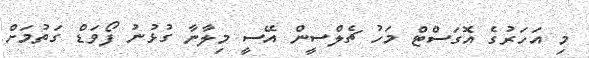
މި އަހަރުގެ އޮގަސްޓް މަހު ޗެލްސީން އޭސީ މިލާނާ ގުޅުނު ފޯވަޑް ގަތުމަށް